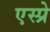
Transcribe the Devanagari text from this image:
एस्प्रे